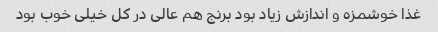
غذا خوشمزه و اندازش زیاد بود برنج هم عالی در کل خیلی خوب بود